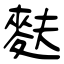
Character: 麩